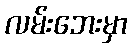
လမ်းဘေးမှာ